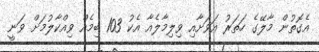
އެގޮތުން މާލޭގެ ހަތަރު އަވަށާއި ވިލިމާލެއާ އެކު 103 ބިމެއް ވިއްކާލުމަށް ވަނީ